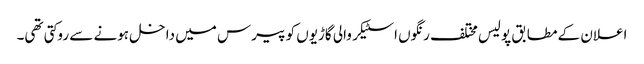
اعلان کے مطابق پولیس مختلف رنگوں اسٹیکر والی گاڑیوں کو پیرس میں داخل ہونے سے روکتی تھی۔